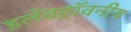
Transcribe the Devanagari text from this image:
इलेक्ट्रॉवनीय